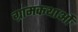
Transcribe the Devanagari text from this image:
ग्रामकथाओं